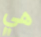
هي